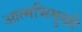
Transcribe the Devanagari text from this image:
आत्मभिमुखी